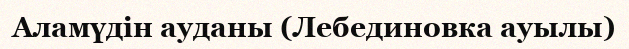
Аламүдін ауданы (Лебединовка ауылы)